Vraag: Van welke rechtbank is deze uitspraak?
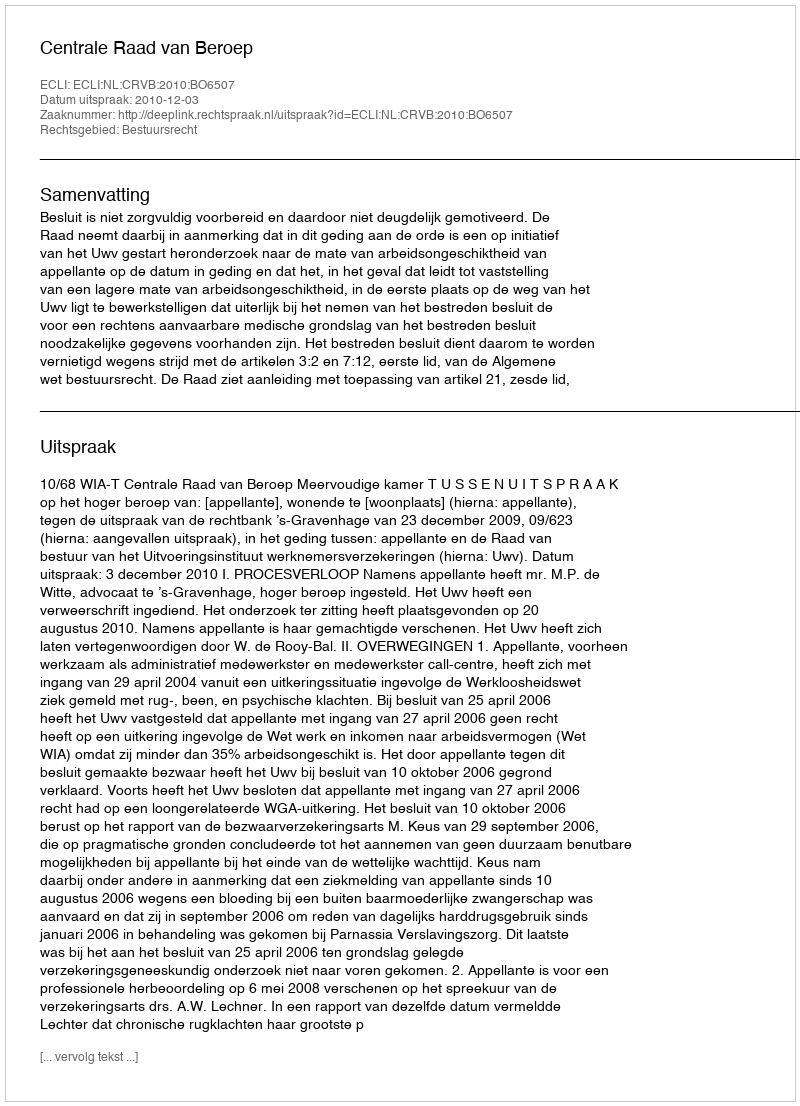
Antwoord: Centrale Raad van Beroep